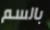
بالسم